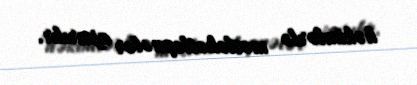
həkimlərlə məsləhətləşmələr aparılır.